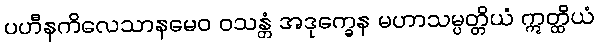
ပဟီနကိလေသာနမေဝ ဝသန္တံ အဒုက္ခေန မဟာသမ္ပတ္တိယံ ဣတ္ထိယံ